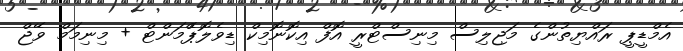
އެމްޑީޕީ ރައްޔިތުންގެ މަޖިލިސް މިނިސްޓްރީ އޮފް އިކޮނޮމިކް ޑިވެލޮޕްެމަންޓް + މިނިމަމް ވޭޖް